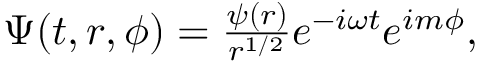
\begin{array} { r } { \Psi ( t , r , \phi ) = \frac { \psi ( r ) } { r ^ { 1 / 2 } } e ^ { - i \omega t } e ^ { i m \phi } , } \end{array}